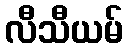
လီသီယမ်